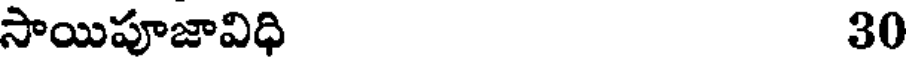
సాయిపూజావిధి 30